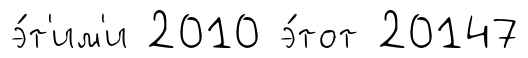
э́т'им'и 2010 э́тот 20147